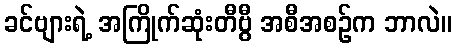
ခင်ဗျားရဲ့ အကြိုက်ဆုံးတီဗွီ အစီအစဉ်က ဘာလဲ။